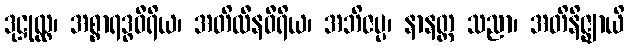
ဒုဋ္ဌုလ္လ၊ အစ္စာရဒ္ဓဝီရိယ၊ အတိလီနဝီရိယ၊ အဘိဇပ္ပ၊ နာနတ္တ သညာ၊ အတိနိဇ္ဈာယိ